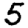
Digit: 5